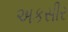
અકસીર